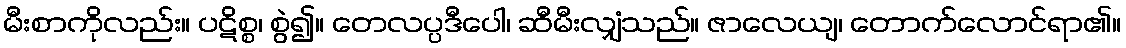
မီးစာကိုလည်း။ ပဋိစ္စ၊ စွဲ၍။ တေလပ္ပဒီပေါ၊ ဆီမီးလျှံသည်။ ဇာလေယျ၊ တောက်လောင်ရာ၏။